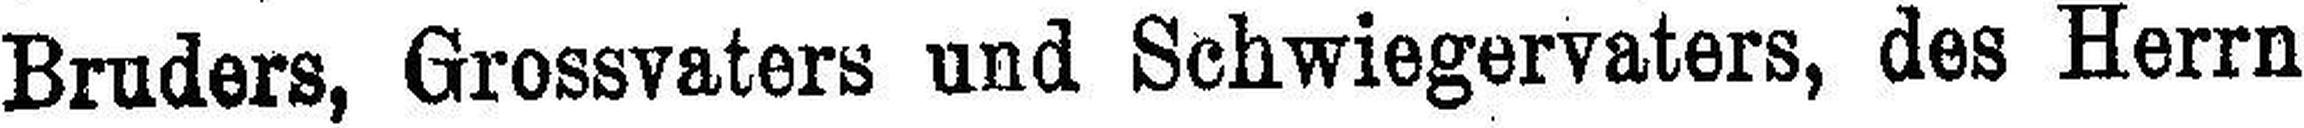
Bruders, Grossvaters und Schwiegervaters, des Herrn